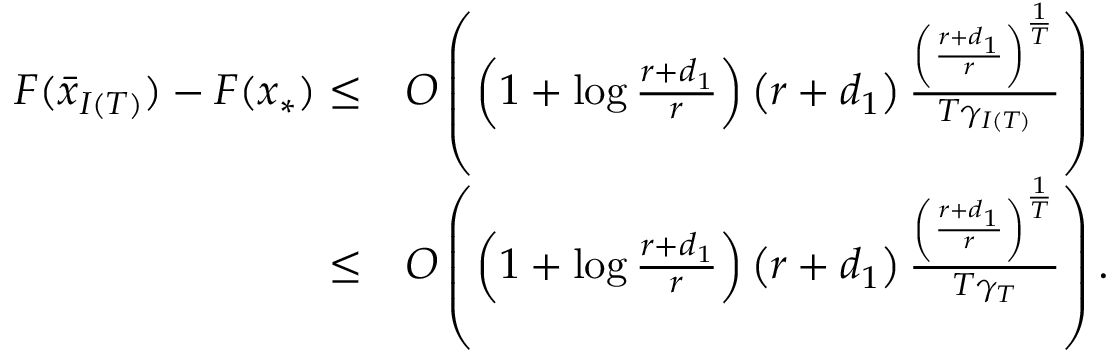
\begin{array} { r l } { F ( \bar { x } _ { I ( T ) } ) - F ( x _ { * } ) \leq } & { O \left( \left( 1 + \log \frac { r + d _ { 1 } } { r } \right) \left( r + d _ { 1 } \right) \frac { \left( \frac { r + d _ { 1 } } { r } \right) ^ { \frac { 1 } { T } } } { T \gamma _ { I ( T ) } } \right) } \\ { \leq } & { O \left( \left( 1 + \log \frac { r + d _ { 1 } } { r } \right) \left( r + d _ { 1 } \right) \frac { \left( \frac { r + d _ { 1 } } { r } \right) ^ { \frac { 1 } { T } } } { T \gamma _ { T } } \right) . } \end{array}